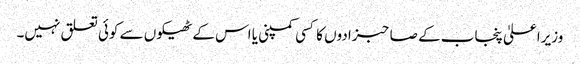
وزیراعلیٰ پنجاب کے صاحبزادوں کا کسی کمپنی یا اس کے ٹھیکوں سے کوئی تعلق نہیں۔